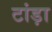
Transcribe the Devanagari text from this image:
टांड़ा